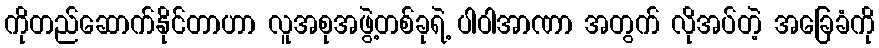
ကိုတည်ဆောက်နိုင်တာဟာ လူအစုအဖွဲ့တစ်ခုရဲ့ ပါဝါအာဏာ အတွက် လိုအပ်တဲ့ အခြေခံကို